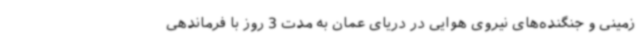
زمینی و جنگنده‌های نیروی هوایی در دریای عمان به مدت 3 روز با فرماندهی